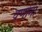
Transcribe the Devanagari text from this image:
वर्णानां